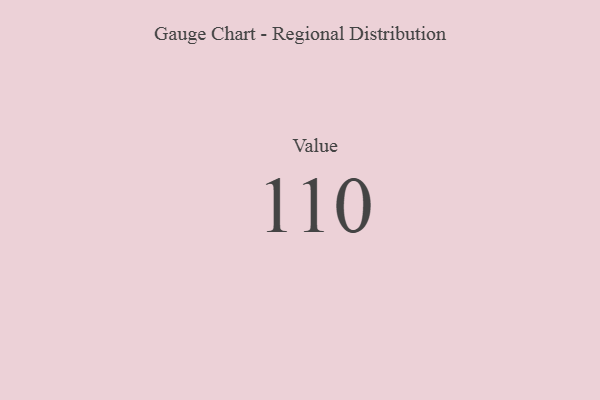
{"axis": {"x": "Metric", "y": "Value"}, "legend": [""], "data": [{"x": "Value", "y": 110, "type": ""}]}